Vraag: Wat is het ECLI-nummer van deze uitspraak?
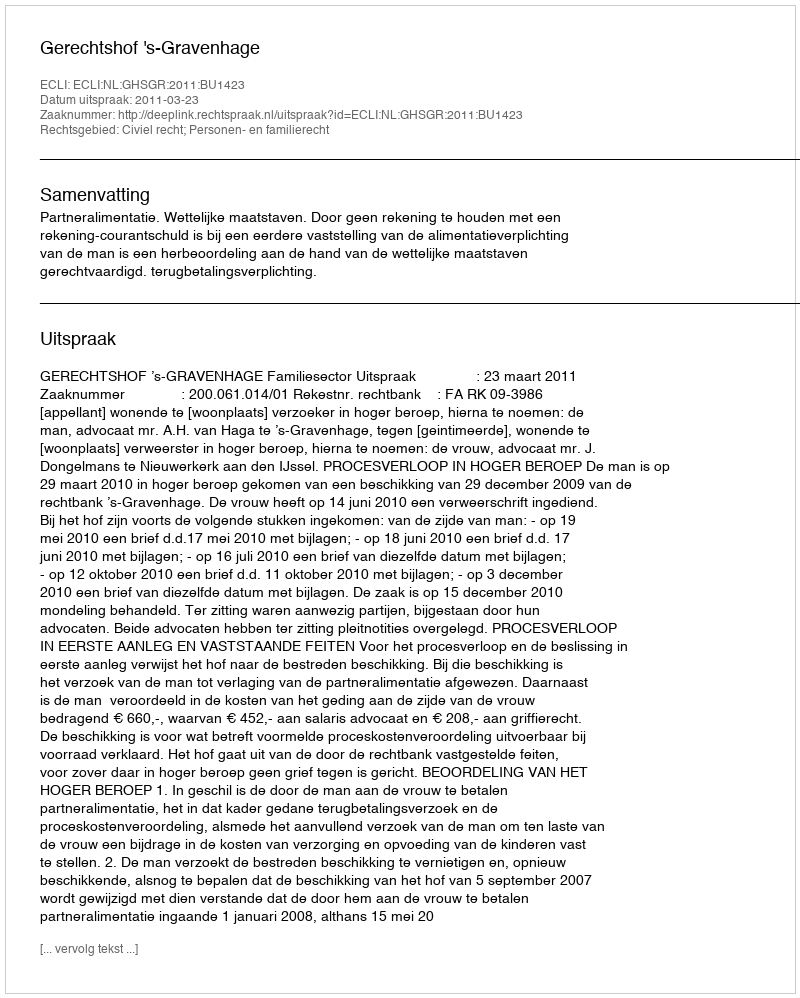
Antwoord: ECLI:NL:GHSGR:2011:BU1423